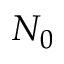
N _ { 0 }